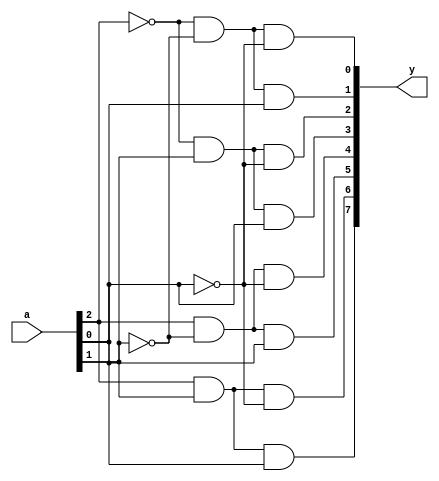
module deco_3x8(a,y);

input[2:0] a;
output[7:0] y;

assign y[0]=~a[2]&~a[1]&~a[0];
assign y[1]=~a[2]&~a[1]& a[0];
assign y[2]=~a[2]& a[1]&~a[0];
assign y[3]=~a[2]& a[1]& a[0];
assign y[4]= a[2]&~a[1]&~a[0];
assign y[5]= a[2]&~a[1]& a[0];
assign y[6]= a[2]& a[1]&~a[0];
assign y[7]= a[2]& a[1]& a[0];

endmodule

module test_deco_3x8;
reg[2:0] a;
wire[7:0] y;

deco_3x8 deco(a,y);

initial begin
a=0;
#10 a=1;
#10 a=2;
#10 a=3;
#10 a=4;
#10 a=5;
#10 a=6;
#10 a=7;
#10 $stop;
end
endmodule

//21811957 jeongbomi